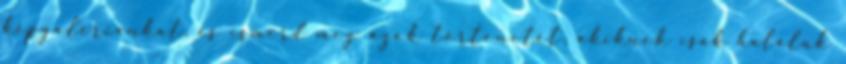
képgalériánkat, és ismerd meg azok történetét, akiknek csak haláluk